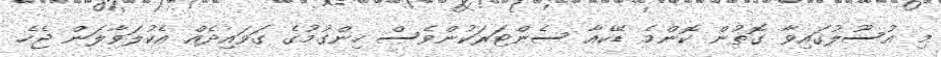
މި އުސޫލުގައިވާ ގޮތުން ކޮންމެ ޑޭކެއާ ސެންޓަރަކުންވެސް ހިންގުމުގެ ގަވައިދެއް އެކުލަވާލަން ޖެހެ